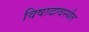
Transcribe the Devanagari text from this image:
विषादावस्थैत